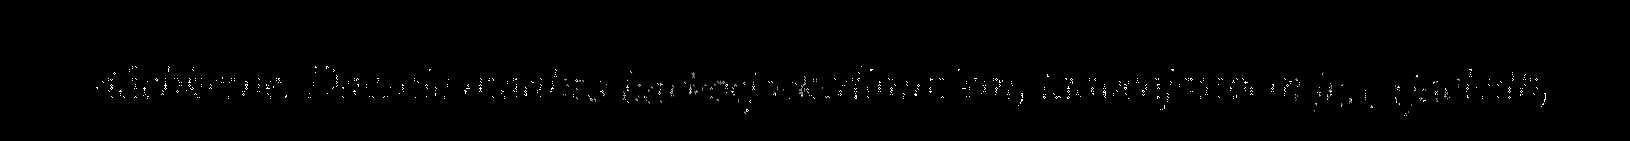
dåehkesne. Daesnie maahta barkoejoekedimmiem, laavenjostoem jnv. tjaeledh,